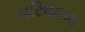
પરિષદમા